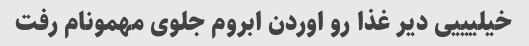
خیلیییی دیر غذا رو اوردن ابروم جلوی مهمونام رفت